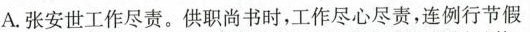
A.张安世工作尽责。供职尚书时，工作尽心尽责，连例行节假